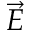
\vec { E }